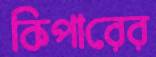
কিপারের